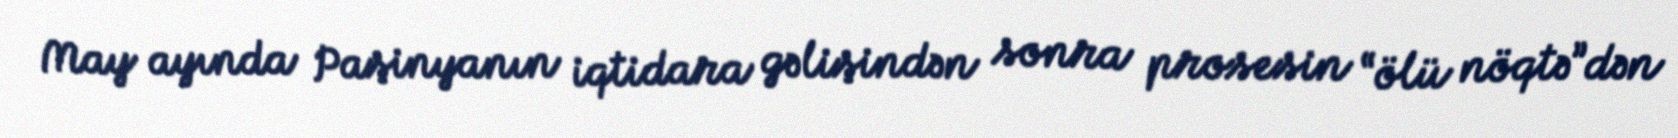
May ayında Paşinyanın iqtidara gəlişindən sonra prosesin “ölü nöqtə”dən